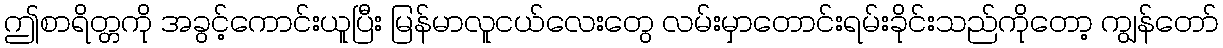
ဤစာရိတ္တကို အခွင့်ကောင်းယူပြီး မြန်မာလူငယ်လေးတွေ လမ်းမှာတောင်းရမ်းခိုင်းသည်ကိုတော့ ကျွန်တော်